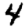
Digit: 4